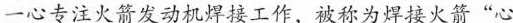
一心专注火箭发动机焊接工作，被称为焊接火箭”心